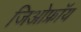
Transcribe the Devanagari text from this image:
जिओफ्रॉय